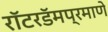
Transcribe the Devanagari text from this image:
रॉटरडॅमप्रमाणे